Leprosy in India: report of the Leprosy Commission in India, 1890-91
Year: 1890
Disease focus: Leprosy
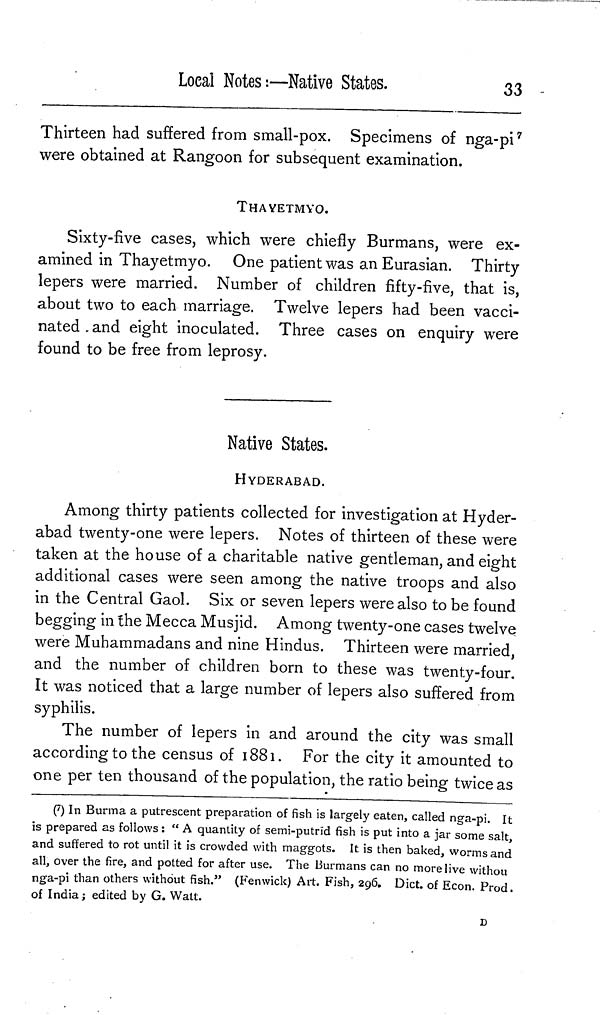
Loeal Notes:—Native States.
33
Thirteen had suffered from small-pox. Specimens of nga-pi 7
were obtained at Rangoon for subsequent examination.
THAYETMYO.
Sixty-five cases, which were chiefly Burmans, were ex-
amined in Thayetmyo. One patient was an Eurasian. Thirty
lepers were married. Number of children fifty-five, that is,
about two to each marriage. Twelve lepers had been vacci-
nated . and eight inoculated. Three cases on enquiry were
found to be free from leprosy.
Native States.
HYDERABAD.
Among thirty patients collected for investigation at Hyder-
abad twenty-one were lepers. Notes of thirteen of these were
taken at the house of a charitable native gentleman, and eight
additional cases were seen among the native troops and also
in the Central Gaol. Six or seven lepers were also to be found
begging in the Mecca Musjid. Among twenty-one cases twelve
were Muhammadans and nine Hindus. Thirteen were married,
and the number of children born to these was twenty-four.
It was noticed that a large number of lepers also suffered from
syphilis.
The number of lepers in and around the city was small
according to the census of 1881. For the city it amounted to
one per ten thousand of the population, the ratio being twice as
( 7 ) In Burma a putrescent preparation of fish is largely eaten, called nga-pi. It
is prepared as follows : " A quantity of semi-putrid fish is put into a jar some salt,
and suffered to rot until it is crowded with maggots. It is then baked, worms and
all, over the fire, and potted for after use. The Burmans can no more live vvithou
nga-pi than others without fish." (Fenwick) Art. Fish, 296. Diet, of Econ. Prod,
of India; edited by G. Watt.
D